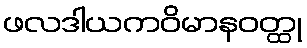
ဖလဒါယကဝိမာနဝတ္ထု